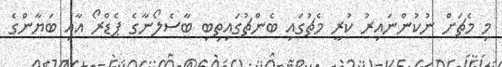
މި މެޗަށް ނުކުންނައިރު ކުރީ މެޗުގައި ބެންޗުގައިތިބި ބާސެލޯނާގެ ޕެޑްރޯ އާއި ބަޔާންގެ